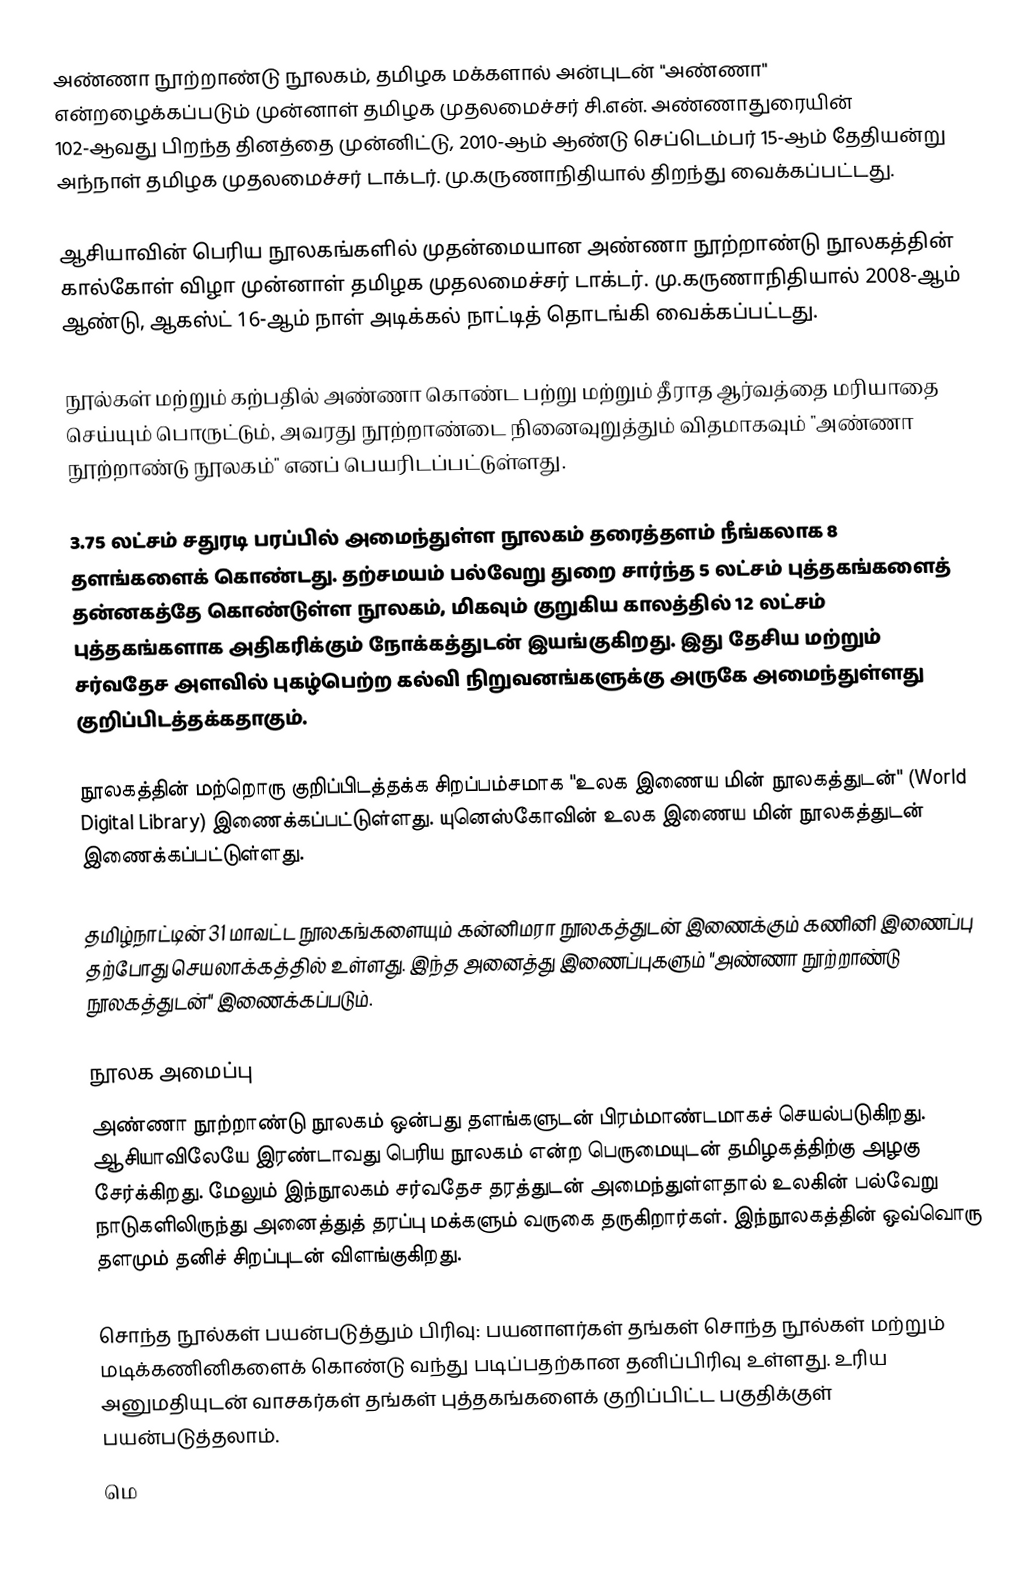
அண்ணா நூற்றாண்டு நூலகம், தமிழக மக்களால் அன்புடன் "அண்ணா" என்றழைக்கப்படும் முன்னாள் தமிழக முதலமைச்சர் சி.என். அண்ணாதுரையின் 102-ஆவது பிறந்த தினத்தை முன்னிட்டு, 2010-ஆம் ஆண்டு செப்டெம்பர் 15-ஆம் தேதியன்று அந்நாள் தமிழக முதலமைச்சர் டாக்டர். மு.கருணாநிதியால் திறந்து வைக்கப்பட்டது.

ஆசியாவின் பெரிய நூலகங்களில் முதன்மையான அண்ணா நூற்றாண்டு நூலகத்தின் கால்கோள் விழா முன்னாள் தமிழக முதலமைச்சர் டாக்டர். மு.கருணாநிதியால் 2008-ஆம் ஆண்டு, ஆகஸ்ட் 16-ஆம் நாள் அடிக்கல் நாட்டித் தொடங்கி வைக்கப்பட்டது.

நூல்கள் மற்றும் கற்பதில் அண்ணா கொண்ட பற்று மற்றும் தீராத ஆர்வத்தை மரியாதை செய்யும் பொருட்டும், அவரது நூற்றாண்டை நினைவுறுத்தும் விதமாகவும் "அண்ணா நூற்றாண்டு நூலகம்" எனப் பெயரிடப்பட்டுள்ளது.

3.75 லட்சம் சதுரடி பரப்பில் அமைந்துள்ள நூலகம் தரைத்தளம் நீங்கலாக 8 தளங்களைக் கொண்டது. தற்சமயம் பல்வேறு துறை சார்ந்த 5 லட்சம் புத்தகங்களைத் தன்னகத்தே கொண்டுள்ள நூலகம், மிகவும் குறுகிய காலத்தில் 12 லட்சம் புத்தகங்களாக அதிகரிக்கும் நோக்கத்துடன் இயங்குகிறது. இது தேசிய மற்றும் சர்வதேச அளவில் புகழ்பெற்ற கல்வி நிறுவனங்களுக்கு அருகே அமைந்துள்ளது குறிப்பிடத்தக்கதாகும்.

நூலகத்தின் மற்றொரு குறிப்பிடத்தக்க சிறப்பம்சமாக "உலக இணைய மின் நூலகத்துடன்" (World Digital Library) இணைக்கப்பட்டுள்ளது. யுனெஸ்கோவின் உலக இணைய மின் நூலகத்துடன் இணைக்கப்பட்டுள்ளது.

தமிழ்நாட்டின் 31 மாவட்ட நூலகங்களையும் கன்னிமரா நூலகத்துடன் இணைக்கும் கணினி இணைப்பு தற்போது செயலாக்கத்தில் உள்ளது. இந்த அனைத்து இணைப்புகளும்  "அண்ணா நூற்றாண்டு நூலகத்துடன்" இணைக்கப்படும்.

நூலக அமைப்பு
அண்ணா நூற்றாண்டு நூலகம் ஒன்பது தளங்களுடன் பிரம்மாண்டமாகச் செயல்படுகிறது. ஆசியாவிலேயே இரண்டாவது பெரிய நூலகம் என்ற பெருமையுடன் தமிழகத்திற்கு அழகு சேர்க்கிறது. மேலும் இந்நூலகம் சர்வதேச தரத்துடன் அமைந்துள்ளதால் உலகின் பல்வேறு நாடுகளிலிருந்து அனைத்துத் தரப்பு மக்களும் வருகை தருகிறார்கள். இந்நூலகத்தின் ஒவ்வொரு தளமும் தனிச் சிறப்புடன் விளங்குகிறது.

 சொந்த நூல்கள் பயன்படுத்தும் பிரிவு: பயனாளர்கள் தங்கள் சொந்த நூல்கள் மற்றும் மடிக்கணினிகளைக் கொண்டு வந்து படிப்பதற்கான தனிப்பிரிவு உள்ளது. உரிய அனுமதியுடன் வாசகர்கள் தங்கள் புத்தகங்களைக் குறிப்பிட்ட பகுதிக்குள் பயன்படுத்தலாம்.
 மெ